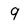
Character: 9